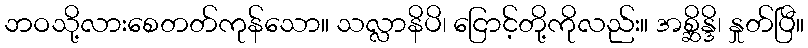
ဘဝသို့လားစေတတ်ကုန်သော။ သလ္လာနိပိ၊ ငြောင့်တို့ကိုလည်း။ အစ္ဆိန္ဒိ၊ နှုတ်ပြီ။